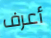
أعرف